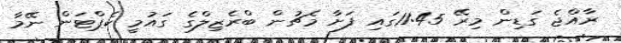
ރާއްޖެ ގަޑިން މިރޭ 11:45ގައި ފަށާ މެޗުން ބްރެޒިލްގެ ގައުމީ ކެޕްޓަން ނޭމާ